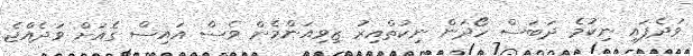
ވަދެފައި ނިކުމެ ދަބަސް ހޯދަން ނިކުތްއިރު ޒިވިއަންމެން ވެސް އައިސް ގެއަށް ވަދެއްޖެ